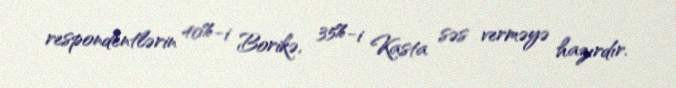
respondentlərin 40%-i Borikə, 35%-i Kasta səs verməyə hazırdır.